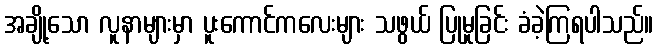
အချို့သော လူနာများမှာ ပူးကောင်ကလေးများ သဖွယ် ပြုမူခြင်း ခံခဲ့ကြရပါသည်။